Epidemic dropsy in Calcutta - Number 45
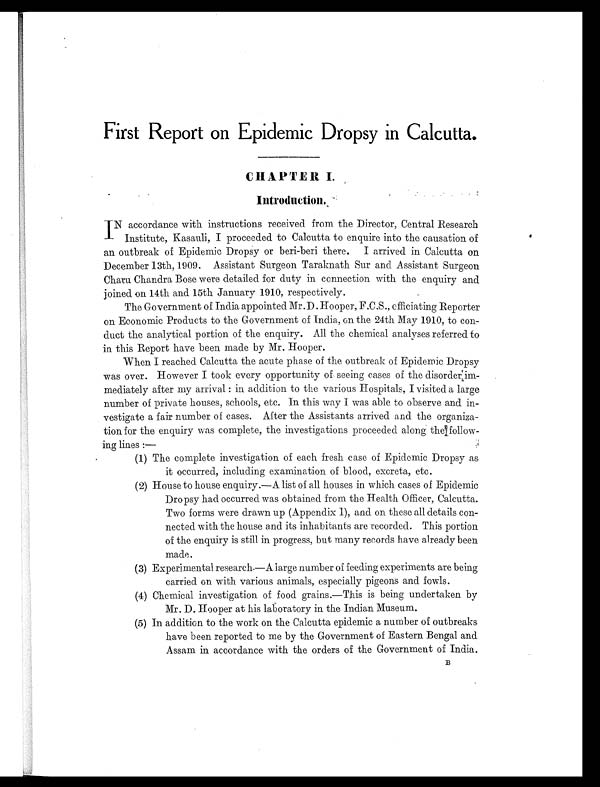
First Report on Epidemic Dropsy in Calcutta.
CHAPTER I
.
Introduction.
I N accordance with instructions received from the Director, Central Research
Institute, Kasauli, I proceeded to Calcutta to enquire into the causation of
an outbreak of Epidemic Dropsy or beri-beri there. I arrived in Calcutta on
December 13th, 1909. Assistant Surgeon Taraknath Sur and Assistant Surgeon
Charu Chandra Bose were detailed for duty in connection with the enquiry and
joined on 14th and 15th January 1910, respectively.
The Government of India appointed Mr. D . Hooper, F.C.S., officiating Reporter
on Economic Products to the Government of India, on the 24th May 1910, to con-
duct the analytical portion of the enquiry. All the chemical analyses referred to
in this Report have been made by Mr. Hooper.
When I reached Calcutta the acute phase of the outbreak of Epidemic Dropsy
was over. However I took every opportunity of seeing cases of the disorder:im-
mediately after my arrival : in addition to the various Hospitals, I visited a large
number of private houses, schools, etc. In this way I was able to observe and in-
vestigate a fair number of cases. After the Assistants arrived and the organiza-
tion for the enquiry was complete, the investigations proceeded along the follow-
ing lines :—
(1) The complete investigation of each fresh case of Epidemic Dropsy as
it occurred, including examination of blood, excreta, etc.
(2) House to house enquiry.—A list of all houses in which cases of Epidemic
Dropsy had occurred was obtained from the Health Officer, Calcutta.
Two forms were drawn up (Appendix I), and on these all details con-
nected with the house and its inhabitants are recorded. This portion
of the enquiry is still in progress, but many records have already been
made.
(3) Experimental research—A large number of feeding experiments are being
carried on with various animals, especially pigeons and fowls.
(4) Chemical investigation of food grains.—This is being undertaken by
Mr. D. Hooper at his laboratory in the Indian Museum.
(5) In addition to the work on the Calcutta epidemic a number of outbreaks
have been reported to me by the Government of Eastern Bengal and
Assam in accordance with the orders of the Government of India.
B